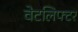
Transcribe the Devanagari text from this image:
वेटलिफ्टर